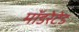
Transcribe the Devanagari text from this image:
मॉडरेटेड